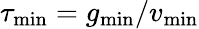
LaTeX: \tau_{\mathrm{min}}=g_{\mathrm{min}}/v_{\mathrm{min}}